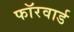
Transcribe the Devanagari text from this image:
फॉरवार्ड